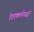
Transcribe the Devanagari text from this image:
रिएक्शनेयर्स